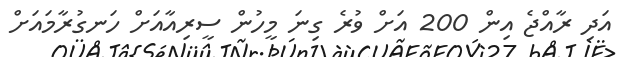
އަދި ރާއްޖެ އިން 200 އަށް ވުރެ ގިނަ މީހުން ސީރިއާއަށް ހަނގުރާމައަށް